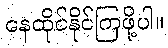
နေထိုင်နိုင်ကြဖို့ပါ။